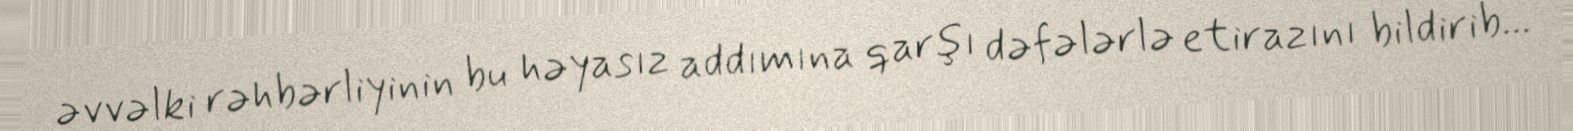
əvvəlki rəhbərliyinin bu həyasız addımına qarşı dəfələrlə etirazını bildirib...